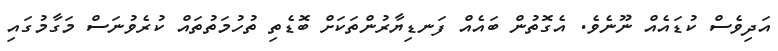
އަދިވެސް ކުޑައެއް ނޫނެވެ. އެގޮތުން ބައެއް ފަނޑިޔާރުންތަކަަށް ބޮޑެތި ތުހުމަތުތައް ކުރެވުނަސް މަގާމުގައި